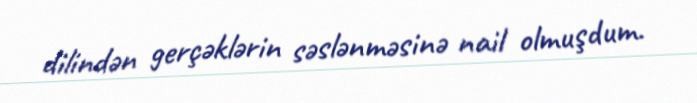
dilindən gerçəklərin səslənməsinə nail olmuşdum.